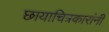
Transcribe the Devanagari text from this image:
छायाचित्रकारांनी